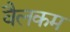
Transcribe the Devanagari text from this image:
वैलकम